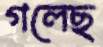
গলেছ